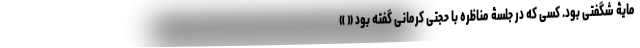
مایۀ شگفتی بود. کسی که در جلسۀ مناظره با حجتی کرمانی گفته بود « »